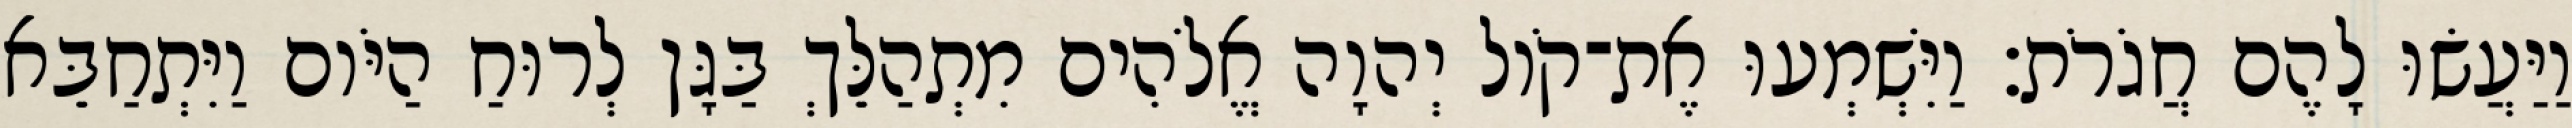
וַיַּעֲשׂוּ לָהֶם חֲגֹרֹת׃ וַיִּשְׁמְעוּ אֶת־קֹול יְהוָה אֱלֹהִים מִתְהַלֵּךְ בַּגָּן לְרוּחַ הַיֹּום וַיִּתְחַבֵּא